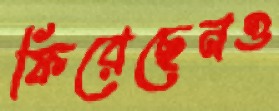
ফিরেছেনও